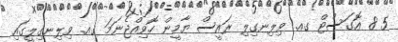
5 8 އޮގަސްޓް ގއ. ވިލިނގިލި ރައީސް ޔާމީން ހޮވިއްޖެނަމަ ގއ. ވިލިނގިލީގައި